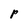
Character: p